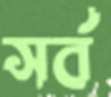
সর্ব